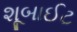
શૂબાઈટ